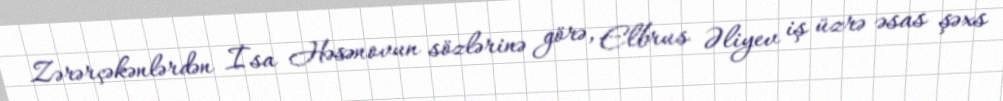
Zərərçəkənlərdən İsa Həsənovun sözlərinə görə, Elbrus Əliyev iş üzrə əsas şəxs